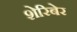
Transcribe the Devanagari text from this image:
शेरिबेर